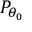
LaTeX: P _ { \theta _ { 0 } }